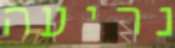
נריעה